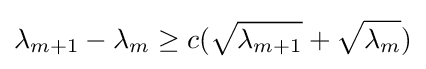
\lambda _{m+1}-\lambda _{m}\geq c({\sqrt {\lambda _{m+1}}}+{\sqrt {\lambda _{m}}})